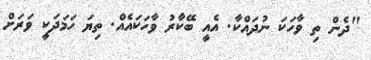
"ދެން ތި ވާހަކަ ނުދައްކާ. އެއީ ބޭކާރު ވާހަކައެއް. ތިޔަ ހަމަދަކީ ވަރަށް